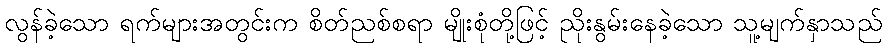
လွန်ခဲ့သော ရက်များအတွင်းက စိတ်ညစ်စရာ မျိုးစုံတို့ဖြင့် ညိုးနွမ်းနေခဲ့သော သူ့မျက်နှာသည်